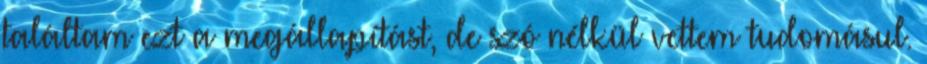
találtam ezt a megállapítást, de szó nélkül vettem tudomásul.